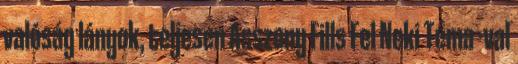
valóság lányok, teljesen Asszony Fills Fel Neki Téma -val